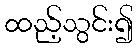
ထည့်သွင်း၍